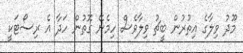
މޫދު ވިލާގެ އިތުރުން ބީޗު ވިލާވެސް ހިމެނޭ ގޮތުން ހަދާ އެ ރިސޯޓަކީ